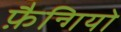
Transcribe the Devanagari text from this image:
फ़ैन्गियो